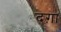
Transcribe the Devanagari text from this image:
दग़ा